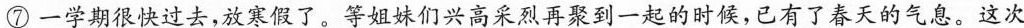
⑦一学期很快过去，放寒假了。等姐妹们兴高采烈再聚到一起的时候，已有了春天的气息。这次